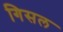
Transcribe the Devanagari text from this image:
गिसल